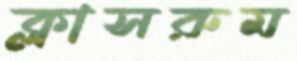
ক্লাসরুম